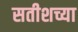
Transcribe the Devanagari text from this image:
सतीशच्या